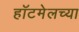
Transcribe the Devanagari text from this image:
हॉटमेलच्या